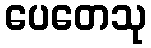
ပေတေသု